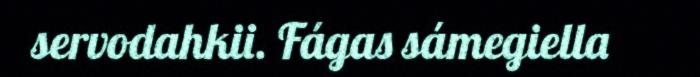
servodahkii. Fágas sámegiella